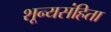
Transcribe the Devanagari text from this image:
शून्यसंहिता